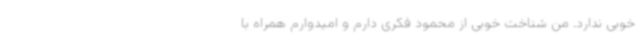
خوبی ندارد. من شناخت خوبی از محمود فکری دارم و امیدوارم همراه با